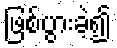
ဖြစ်ပွားခဲ့၍